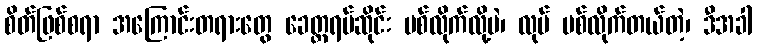
စိတ်ဖြစ်စရာ အကြောင်းတရားတွေ ခေတ္တရပ်ဆိုင်း ပစ်လိုက်လို့ပဲ၊ လုပ် ပစ်လိုက်တယ်တဲ့၊ ဒီအခါ